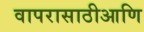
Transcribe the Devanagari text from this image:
वापरासाठीआणि